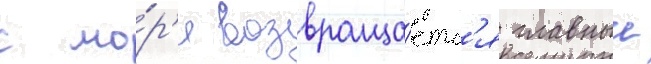
с мо́р'я возвраща́етс'я главныи